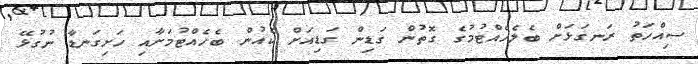
ސިއްހަތު ރަނގަޅަށް ބެލެހެއްޓުމުގެ ގޮތުން ގަޑިން ގަޑިއަށް ކެއުން ބެހެއްޓުމަށާއި ހަށިގަނޑާ ނުގުޅޭ